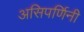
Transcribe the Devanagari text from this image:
असिपर्णिनी